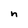
Character: n